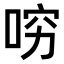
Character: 𠴛